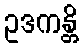
ဥဒကန္တိ